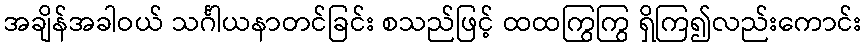
အချိန်အခါဝယ် သင်္ဂါယနာတင်ခြင်း စသည်ဖြင့် ထထကြွကြွ ရှိကြ၍လည်းကောင်း